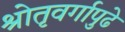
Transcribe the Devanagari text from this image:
श्रोतृवर्गापुढे